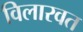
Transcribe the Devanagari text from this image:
विलारवत